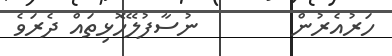
ހަރުއެރުން        ނުސާފުލޭހޮޅިތައް ދެރަވެ